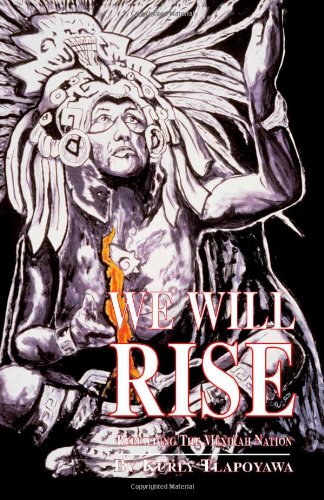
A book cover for We Will Rise - rebuilding the Mexikah Nation; Kurly Tlapoyawa; History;